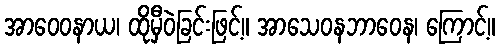
အာဝေဝနာယ၊ ထိုမှီဝဲခြင်းဖြင့်။ အာသေဝနဘာဝေန၊ ကြောင့်။